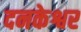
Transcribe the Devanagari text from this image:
दनकेश्वर